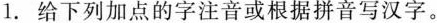
1.给下列加点的字注音或根据拼音写汉字。